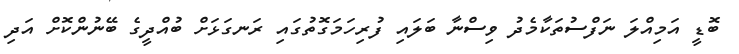
ބޮޑީ އަމިއްލަ ނަފްސުތަކާމެދު ވިސްނާ ބަލައި ފުރިހަމަގޮތުގައި ރަނގަޅަށް ބުއްދީގެ ބޭނުންކޮށް އަދި